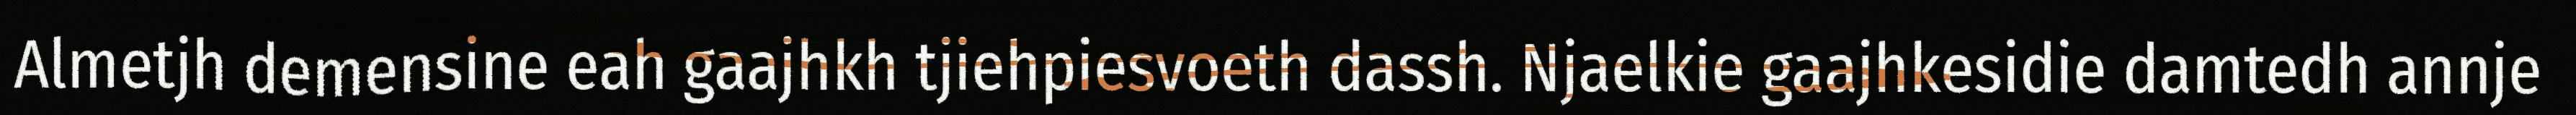
Almetjh demensine eah gaajhkh tjiehpiesvoeth dassh. Njaelkie gaajhkesidie damtedh annje